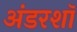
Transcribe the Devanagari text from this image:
अंडरशॉ